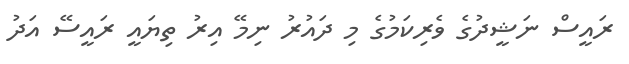
ރައީސް ނަޝީދުގެ ވެރިކަމުގެ މި ދައުރު ނިމޭ އިރު ތިޔައީ ރައީސޭ އަދު